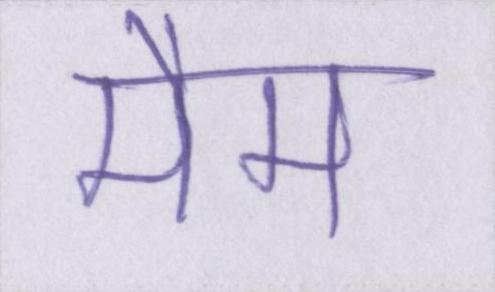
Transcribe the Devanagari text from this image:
मैम